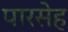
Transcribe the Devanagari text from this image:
पारसेह